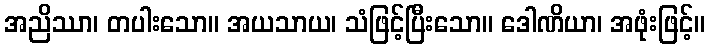
အညိဿာ၊ တပါးသော။ အယသာယ၊ သံဖြင့်ပြီးသော။ ဒေါဏိယာ၊ အဖုံးဖြင့်။